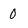
Character: 0